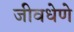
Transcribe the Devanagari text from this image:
जीवधेणे